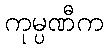
ကုမ္ပဏီက